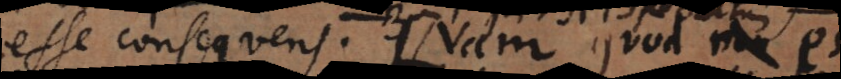
esse consequens. (: Nam quod est